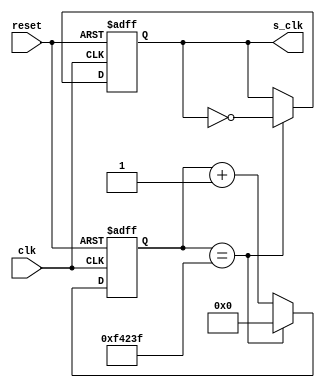
`timescale 1ns / 1ps
//////////////////////////////////////////////////////////////////////////////////
// Company: 
// Engineer: 
// 
// Design Name: 
// Module Name:    Divisor_Clock
// Project Name: 
// Target Devices: 
// Tool versions: 
// Description: 
//
// Dependencies: 
//
// Revision: 
// Revision 0.01 - File Created
// Additional Comments: 
//	Gracias a esta pagina por el modelo a seguir para el divisor de frecuencia:
//	http://es.edaboard.com/topic-1696772.0.html
//////////////////////////////////////////////////////////////////////////////////
module Divisor (

	///Entradas y Salidas del Divisor
	input wire clk,       
	input wire reset,     
	output reg s_clk      
    );
	 
	reg [19:0] cuenta; //Bus de datos de 20 bits referente al contador
							
	 
	always @(posedge clk,posedge reset) //Se procede a realizar el codigo posterior siempre que "clk" o "reset" estn en alto.
		begin
			if (reset) //Si sucede reset, entonces clk=0 y se reinicia la cuenta.
				begin
					s_clk <= 0;
					cuenta <= 0;
				end 
			else 
				begin		
					if (cuenta == 20'd999999)
						
						begin                    
							cuenta <= 20'h0;  //Se resetea la cuenta asignandole cero   
							s_clk <= ~s_clk; 
						end 
					else 
						cuenta <= cuenta + 1'b1;
				end
		end
 
endmodule